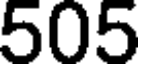
505